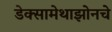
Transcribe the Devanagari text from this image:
डेक्सामेथाझोनचे